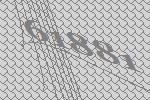
61881